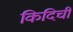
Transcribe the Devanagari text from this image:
किदिची